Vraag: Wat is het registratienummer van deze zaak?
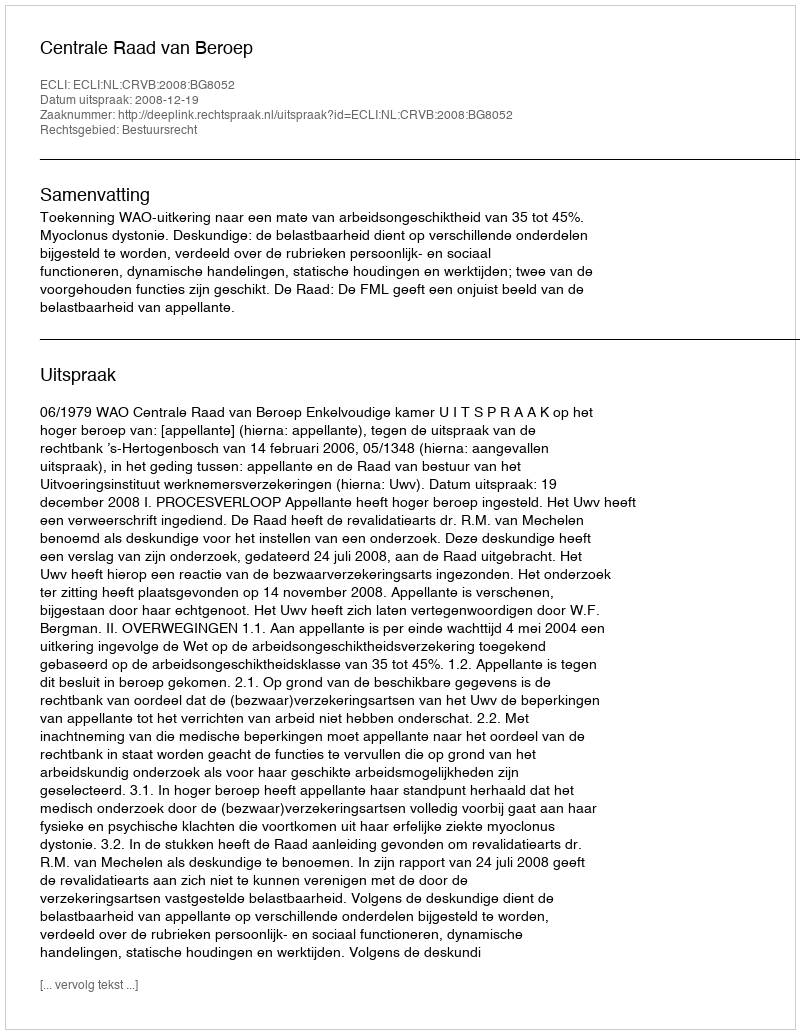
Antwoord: http://deeplink.rechtspraak.nl/uitspraak?id=ECLI:NL:CRVB:2008:BG8052